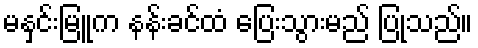
မနှင်းမြူက နန်းခင်ထံ ပြေးသွားမည် ပြုသည်။